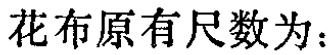
花布原有尺数为：